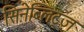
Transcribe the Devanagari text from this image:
सिनेब्लिट्ज़